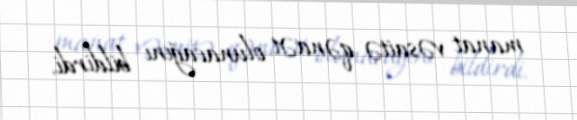
manat vəsaitə qənaət olunacağını bildirdi.